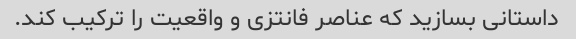
داستانی بسازید که عناصر فانتزی و واقعیت را ترکیب کند.